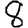
Digit: 8